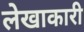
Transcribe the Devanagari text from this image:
लेखाकारी